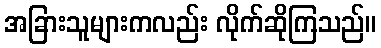
အခြားသူများကလည်း လိုက်ဆိုကြသည်။